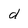
Character: d